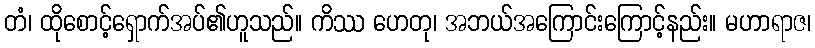
တံ၊ ထိုစောင့်ရှောက်အပ်၏ဟူသည်။ ကိဿ ဟေတု၊ အဘယ်အကြောင်းကြောင့်နည်း။ မဟာရာဇ၊